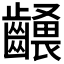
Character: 𪙢